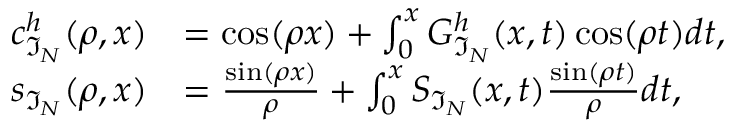
\begin{array} { r l } { c _ { \mathfrak { I } _ { N } } ^ { h } ( \rho , x ) } & { = \cos ( \rho x ) + \int _ { 0 } ^ { x } G _ { \mathfrak { I } _ { N } } ^ { h } ( x , t ) \cos ( \rho t ) d t , } \\ { s _ { \mathfrak { I } _ { N } } ( \rho , x ) } & { = \frac { \sin ( \rho x ) } { \rho } + \int _ { 0 } ^ { x } S _ { \mathfrak { I } _ { N } } ( x , t ) \frac { \sin ( \rho t ) } { \rho } d t , } \end{array}